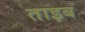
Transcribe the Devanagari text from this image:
ताइब